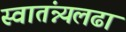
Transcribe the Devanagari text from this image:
स्वातंन्न्यलढा